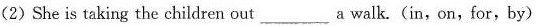
(2)She is taking the children out ___a walk.(in,on, for,by)